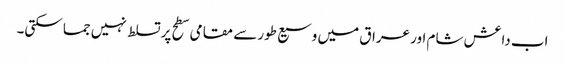
اب داعش شام اور عراق میں وسیع طور سے مقامی سطح پر تسلط نہیں جما سکتی۔